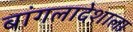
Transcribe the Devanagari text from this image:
बांगलादेशाला